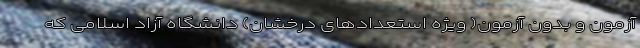
آزمون و بدون آزمون( ویژه استعدادهای درخشان) دانشگاه آزاد اسلامی که